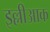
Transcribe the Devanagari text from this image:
इल्लीआक